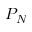
P _ { N }